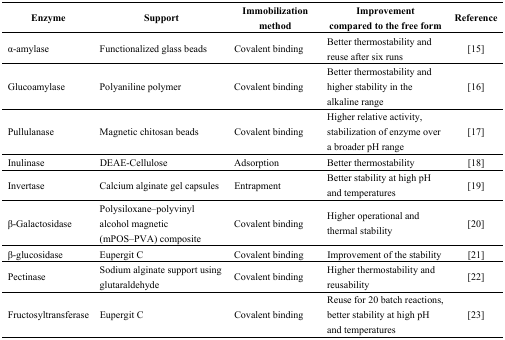
<table><thead><tr><td><b>Enzyme</b></td><td><b>Support</b></td><td><b>Immobilization method</b></td><td><b>Improvement compared to the free form</b></td><td><b>Reference</b></td></tr></thead><tbody><tr><td>α-amylase</td><td>Functionalized glass beads</td><td>Covalent binding</td><td>Better thermostability and reuse after six runs</td><td>[15]</td></tr><tr><td>Glucoamylase</td><td>Polyaniline polymer</td><td>Covalent binding</td><td>Better thermostability and higher stability in the alkaline range</td><td>[16]</td></tr><tr><td>Pullulanase</td><td>Magnetic chitosan beads</td><td>Covalent binding</td><td>Higher relative activity, stabilization of enzyme over a broader pH range</td><td>[17]</td></tr><tr><td>Inulinase</td><td>DEAE-Cellulose</td><td>Adsorption</td><td>Better thermostability</td><td>[18]</td></tr><tr><td>Invertase</td><td>Calcium alginate gel capsules</td><td>Entrapment</td><td>Better stability at high pH and temperatures</td><td>[19]</td></tr><tr><td>β-Galactosidase</td><td>Polysiloxane–polyvinyl alcohol magnetic (mPOS–PVA) composite</td><td>Covalent binding</td><td>Higher operational and thermal stability</td><td>[20]</td></tr><tr><td>β-glucosidase</td><td>Eupergit C</td><td>Covalent binding</td><td>Improvement of the stability</td><td>[21]</td></tr><tr><td>Pectinase</td><td>Sodium alginate support using glutaraldehyde</td><td>Covalent binding</td><td>Higher thermostability and reusability</td><td>[22]</td></tr><tr><td>Fructosyltransferase</td><td>Eupergit C</td><td>Covalent binding</td><td>Reuse for 20 batch reactions, better stability at high pH and temperatures</td><td>[23]</td></tr></tbody></table>